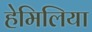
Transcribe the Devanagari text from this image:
हेमिलिया